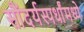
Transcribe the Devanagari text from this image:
सौंदर्यस्पर्धांमध्ये